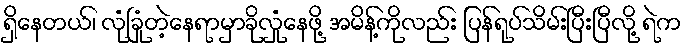
ရှိနေတယ်၊ လုံခြုံတဲ့နေရာမှာခိုလှုံနေဖို့ အမိန့်ကိုလည်း ပြန်ရုပ်သိမ်းပြီးပြီလို့ ရဲက